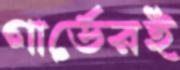
গার্ডেরই